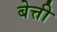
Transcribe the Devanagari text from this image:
बेत्ती